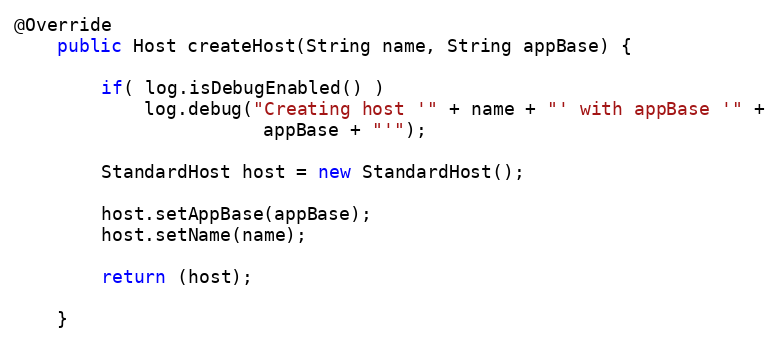
Language: Java
@Override
	public Host createHost(String name, String appBase) {

        if( log.isDebugEnabled() )
            log.debug("Creating host '" + name + "' with appBase '" +
                       appBase + "'");

        StandardHost host = new StandardHost();

        host.setAppBase(appBase);
        host.setName(name);

        return (host);

    }